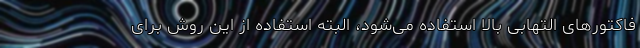
فاکتورهای التهابی بالا استفاده می‌شود، البته استفاده از این روش برای